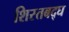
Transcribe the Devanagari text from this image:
शिस्तबद्घ